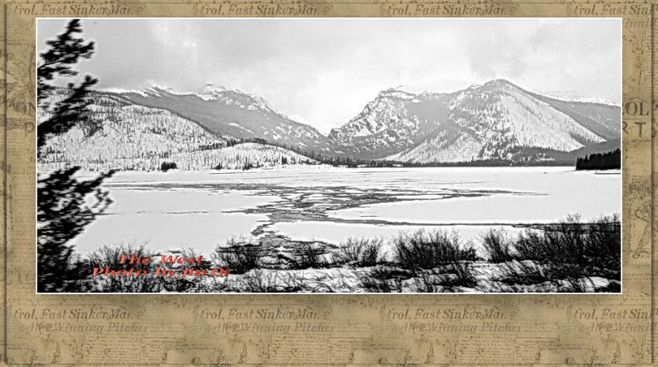
欲渡黄河冰塞川，将登太行雪满山。